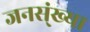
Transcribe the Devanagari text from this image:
जनस्ंख्या